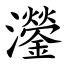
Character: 灐